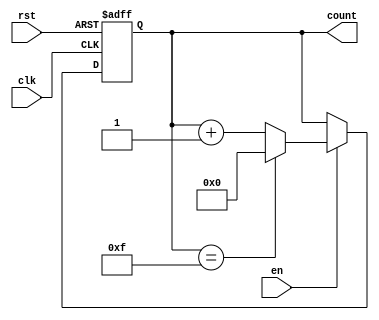
module MemoryBlocksUpCounter #(
    parameter WIDTH = 4,          // Width of the counter (number of bits)
    parameter INITIAL_VALUE = 0,  // Initial value of the counter
    parameter MAX_VALUE = 15      // Maximum value of the counter
)(
    input wire clk,               // Clock signal
    input wire rst,               // Reset signal
    input wire en,                // Enable signal
    output reg [WIDTH-1:0] count  // Current count value
);

    // State update on the rising edge of the clock
    always @(posedge clk or posedge rst) begin
        if (rst) begin
            // Asynchronous reset to initial value
            count <= INITIAL_VALUE;
        end else if (en) begin
            // Increment counter if enabled
            if (count == MAX_VALUE) begin
                count <= INITIAL_VALUE; // Wrap around
            end else begin
                count <= count + 1; // Increment count
            end
        end
    end

endmodule